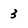
Character: 3